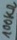
Text: 100KΩ